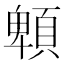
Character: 䫌